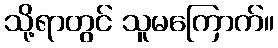
သို့ရာတွင် သူမကြောက်။